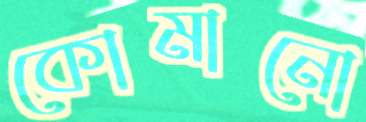
কোমানো